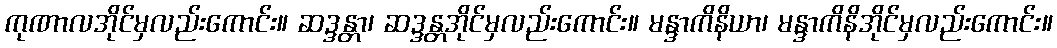
ကုဏာလအိုင်မှလည်းကောင်း။ ဆဒ္ဒန္တာ၊ ဆဒ္ဒန္တအိုင်မှလည်းကောင်း။ မန္ဒာကိနိယာ၊ မန္ဒာကိနိအိုင်မှလည်းကောင်း။